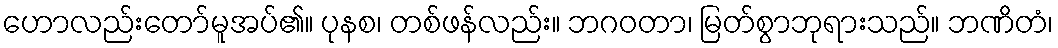
ဟောလည်းတော်မူအပ်၏။ ပုနစ၊ တစ်ဖန်လည်း။ ဘဂဝတာ၊ မြတ်စွာဘုရားသည်။ ဘဏိတံ၊